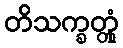
တိသက္ခတ္တုံ